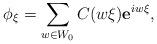
LaTeX: \begin{align*} \phi_{{\xi}} =\sum_{w\in W_0} C(w{\xi })\mathbf{e}^{iw {\xi}} , \end{align*}